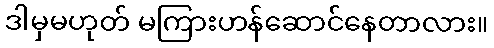
ဒါမှမဟုတ် မကြားဟန်ဆောင်နေတာလား။